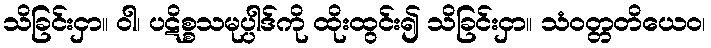
သိခြင်းငှာ။ ဝါ၊ ပဋိစ္စသမုပ္ပါဒ်ကို ထိုးထွင်း၍ သိခြင်းငှာ။ သံဝတ္တတိယေဝ၊